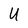
Character: U